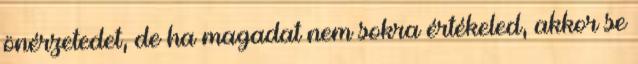
önérzetedet, de ha magadat nem sokra értékeled, akkor se